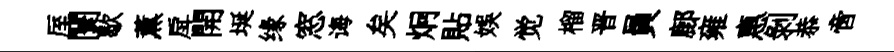
厔闤歇薫戽開埏缘窓诲矣炯貼娱觉榴晋員鄜雍惠剝恭啻